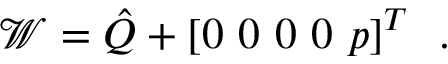
{ \mathcal { W } = \hat { Q } + \left[ 0 \, \, 0 \, \, 0 \, \, 0 \, \, p \right] ^ { T } \, \mathrm { ~ . ~ } }